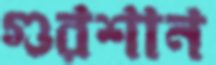
গুরশান